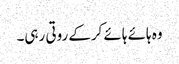
وہ ہائے ہائے کرکے روتی رہی۔